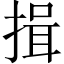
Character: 揖